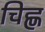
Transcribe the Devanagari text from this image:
चिह्ण